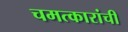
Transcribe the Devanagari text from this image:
चमत्कारांची